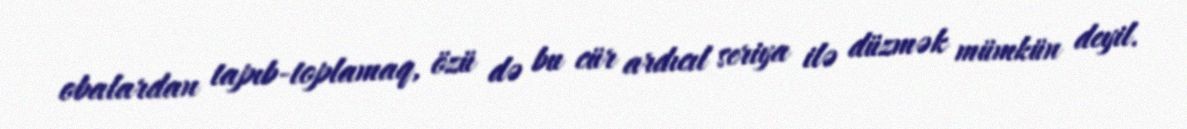
obalardan tapıb-toplamaq, özü də bu cür ardıcıl seriya ilə düzmək mümkün deyil.